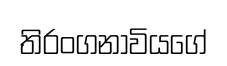
තිරංගනාවියගේ